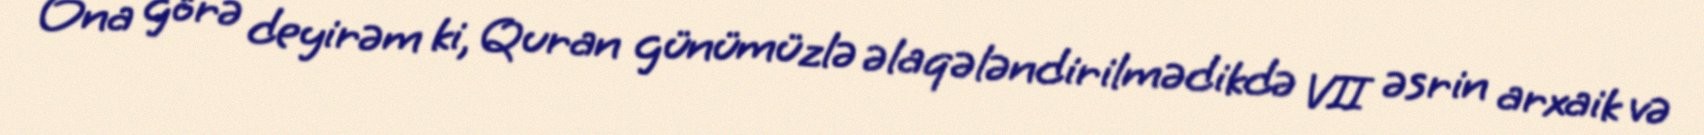
Ona görə deyirəm ki, Quran günümüzlə əlaqələndirilmədikdə VII əsrin arxaik və